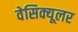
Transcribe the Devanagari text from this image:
वेसिक्यूलर